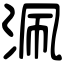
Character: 𣳽